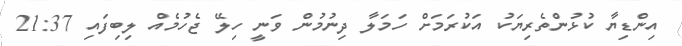
އިންޑިޔާ ކުޅުންތެރިޔަކު އަކުރަމަށް ހަމަލާ ދިނުމުން ވަނީ ހިލޭ ޖެހުމެއް ލިބިފައި 21:37